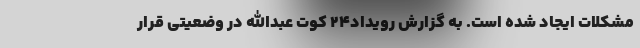
مشکلات ایجاد شده است. به گزارش رویداد‌۲۴ کوت عبدالله در وضعیتی قرار